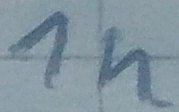
Text: 1n